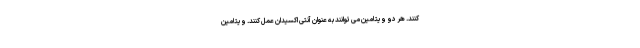
کنند. هر دو ویتامین می توانند به عنوان آنتی اکسیدان عمل کنند. ویتامین